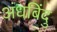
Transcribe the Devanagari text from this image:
अंधबिंदु